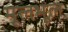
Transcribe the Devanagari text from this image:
मूलभूल्